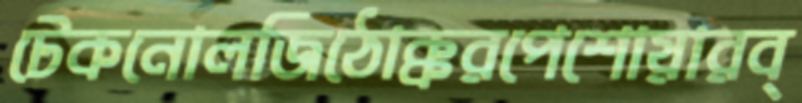
টেকনোলজিঠোক্করপেশোয়ারব্